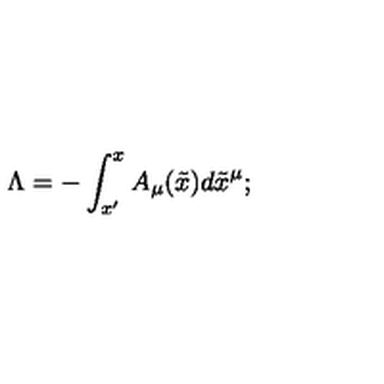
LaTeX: \Lambda = - \int _ { x ^ { \prime } } ^ { x } A _ { \mu } ( \tilde { x } ) d \tilde { x } ^ { \mu } ;